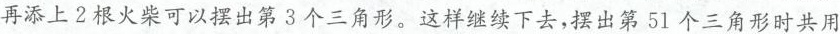
再添上2根火柴可以摆出第3个三角形。这样继续下去，摆出第51个三角形时共用